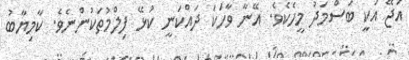
އަޖޭ އަކީ ބަސްމަދު މީހެކެވެ. އޭނާ ވާހަކަ ދައްކަނީ ކުޅޭ ފިލްމުތަކުންނެވެ. ކާމިޔާބު